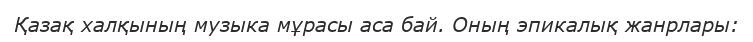
Қазақ халқының музыка мұрасы аса бай. Оның эпикалық жанрлары: